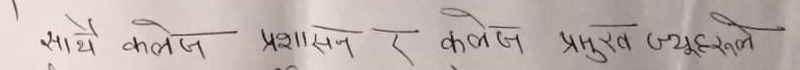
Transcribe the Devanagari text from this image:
साथै कलेज प्रशासन र कलेज प्रमुख ल्यूकले